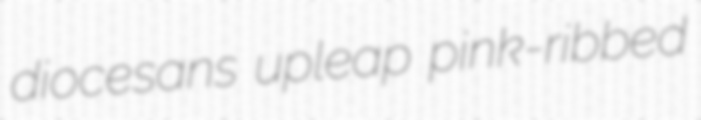
diocesans upleap pink-ribbed